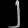
Digit: ၂